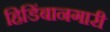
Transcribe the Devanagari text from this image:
हिडिंबानगारी